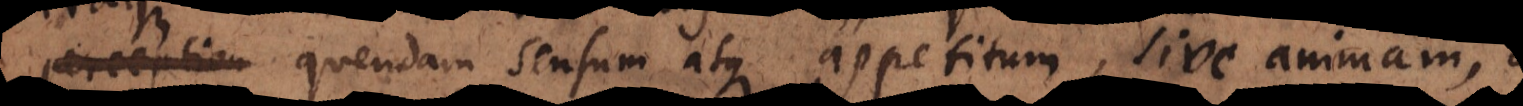
e quendam sensum atque appetitum, quandam